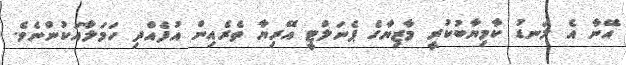
އޭނާ އެ ލަނޑު ކާމިޔާބުކުރީ މާޒިޔާގެ ޕެނަލްޓީ އޭރިޔާ ތެރެއިން އުފެއްދި ހަމަލާއަކުންނެވެ.